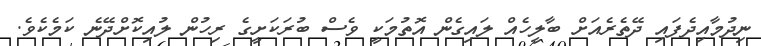
ނިދުމާއިދެފައި ދޭތެރެއަށް ބާލީހެއް ލައިގެން އޮތުމަކީ ވެސް ބުރަކަށީގެ ރިހުން ލުއިކޮށްދޭނެ ކަމެކެވެ.